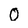
Character: 0